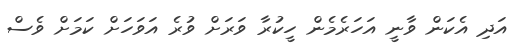
އަދި އެކަން ވާނީ އަހަރެމެން ހީކުރާ ވަރަށް ވުރެ އަވަހަށް ކަމަށް ވެސް